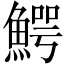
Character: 鰐